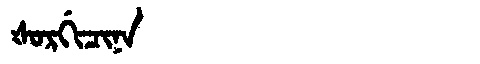
Manchu: ᡧᠣᡵᡤᡳᠴᡳᠨᠠ
Romanization: ŠORGICINA